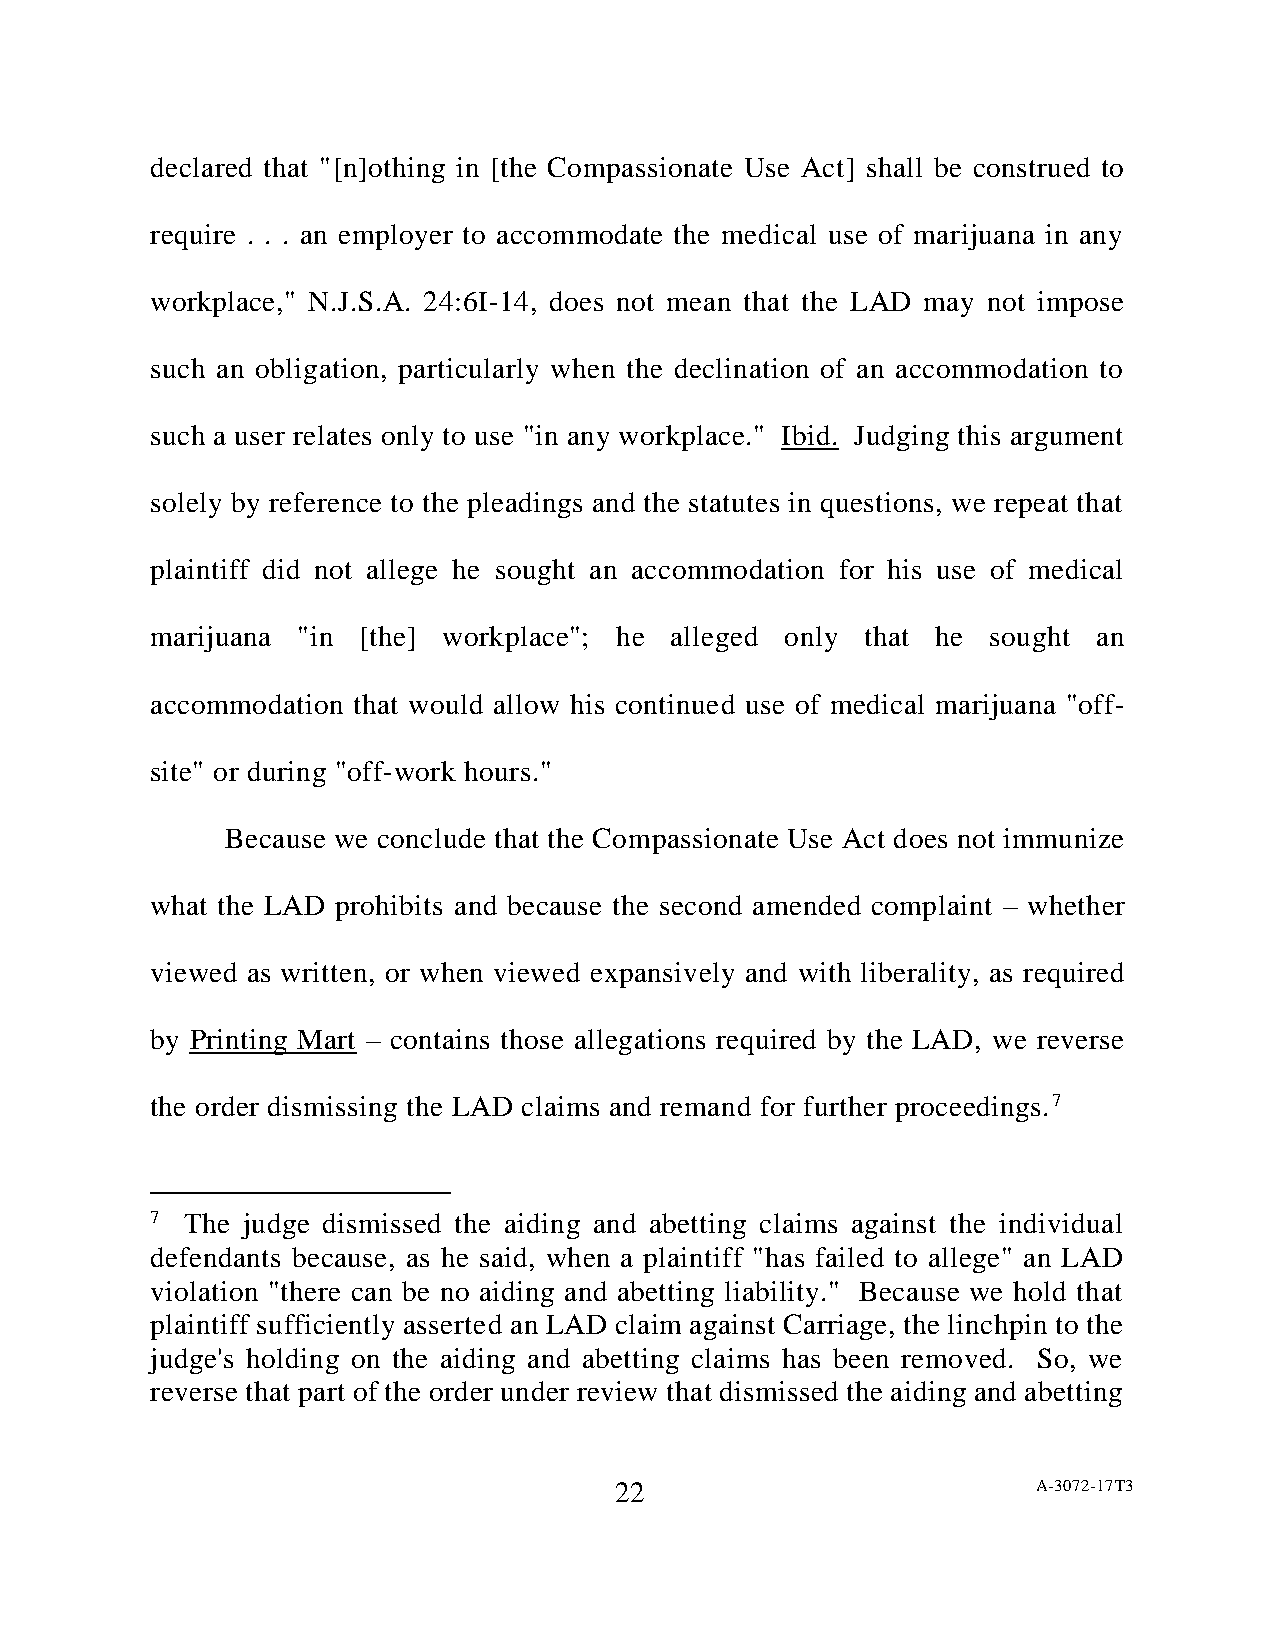
declared that "[n]othing in [the Compassionate Use Act] shall be construed to
 require . . . an employer to accommodate the medical use of marijuana in any
 workplace," N.J.S.A. 24:6I-14, does not mean that the LAD may not impose
 such an obligation, particularly when the declination of an accommodation to
 such a user relates only to use "in any workplace." Ibid. Judging this argument
 solely by reference to the pleadings and the statutes in questions, we repeat that
 plaintiff did not allege he sought an accommodation for his use of medical
 marijuana "in [the] workplace"; he alleged only that he sought an
 accommodation that would allow his continued use of medical marijuana "off-
 site" or during "off-work hours."
 Because we conclude that the Compassionate Use Act does not immunize
 what the LAD prohibits and because the second amended complaint – whether
 viewed as written, or when viewed expansively and with liberality, as required
 by Printing Mart – contains those allegations required by the LAD, we reverse
 the order dismissing the LAD claims and remand for further proceedings.7
 7 The judge dismissed the aiding and abetting claims against the individual
 defendants because, as he said, when a plaintiff "has failed to allege" an LAD
 violation "there can be no aiding and abetting liability." Because we hold that
 plaintiff sufficiently asserted an LAD claim against Carriage, the linchpin to the
 judge's holding on the aiding and abetting claims has been removed. So, we
 reverse that part of the order under review that dismissed the aiding and abetting
 22                          A-3072-17T3